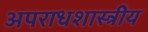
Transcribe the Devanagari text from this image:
अपराधशास्त्रीय